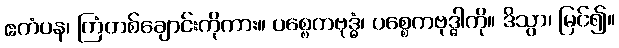
ဧကံပန၊ ကြံတစ်ချောင်းကိုကား။ ပစ္စေကဗုဒ္ဓံ၊ ပစ္စေကဗုဒ္ဓါကို။ ဒိသွာ၊ မြင်၍။